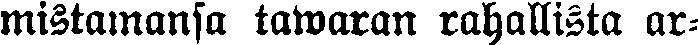
mistamansa tawaran rahallista ar-